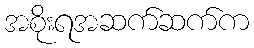
အစိုးရအဆက်ဆက်က